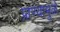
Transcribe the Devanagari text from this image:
प्राण्यामुळे